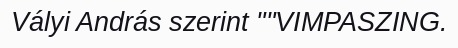
Vályi András szerint ""VIMPASZING.